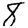
Digit: 8